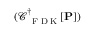
( \mathcal C _ { \mathrm { ~ \tiny ~ F ~ D ~ K ~ } } ^ { \dagger } [ \mathbf { P } ] )